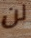
لن